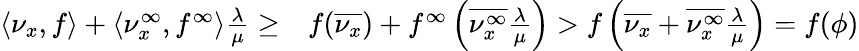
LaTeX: \begin{array}{rl}{\langle\nu_{x},f\rangle+\langle\nu_{x}^{\infty},f^{\infty}\rangle\frac{\lambda}{\mu}\geq}&{f(\overline{{\nu_{x}}})+f^{\infty}\left(\overline{{\nu_{x}^{\infty}}}\frac{\lambda}{\mu}\right)>f\left(\overline{{\nu_{x}}}+\overline{{\nu_{x}^{\infty}}}\frac{\lambda}{\mu}\right)=f(\phi)}\end{array}